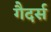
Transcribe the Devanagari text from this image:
गैदर्स